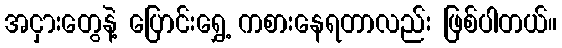
အငှားတွေနဲ့ ပြောင်းရွှေ့ ကစားနေရတာလည်း ဖြစ်ပါတယ်။